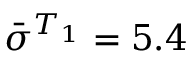
\bar { \sigma } ^ { T _ { 1 } } = 5 . 4